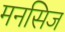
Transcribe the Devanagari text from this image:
मनसिज